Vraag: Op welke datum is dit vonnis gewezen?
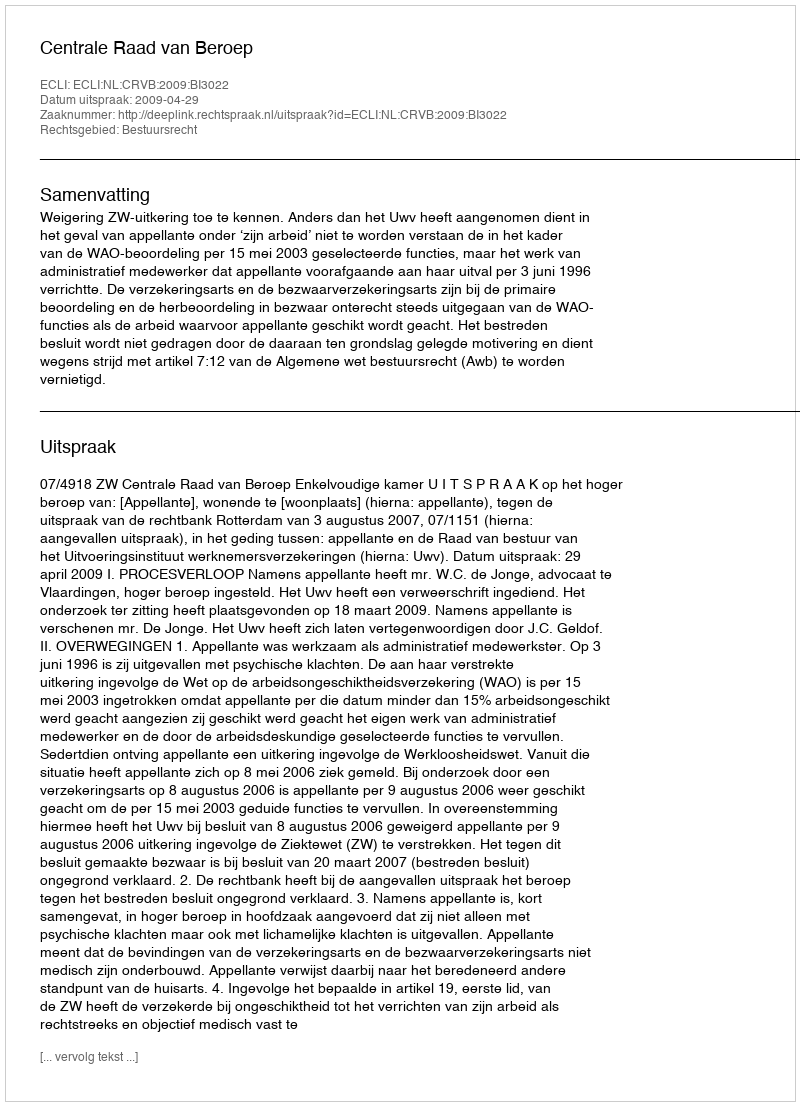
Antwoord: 2009-04-29